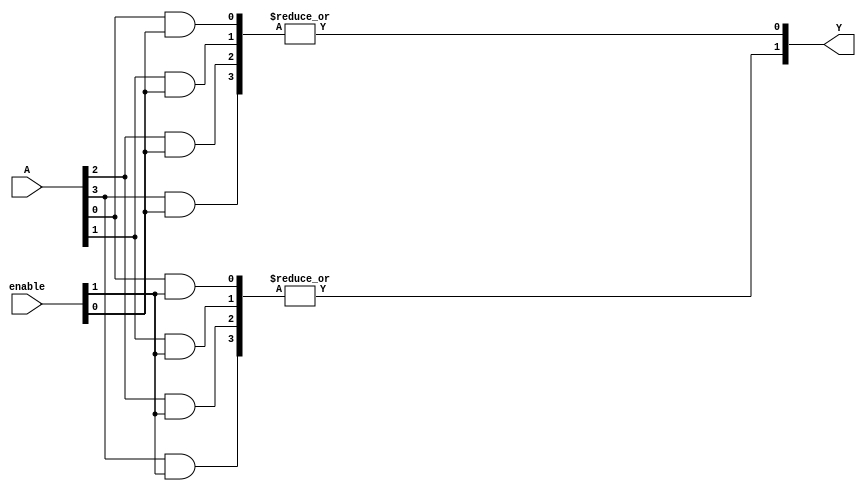
module GPAL #(
    parameter N_INPUTS = 4,               // Number of input signals
    parameter N_AND_TERMS = 4,            // Number of product terms in the AND array
    parameter N_OUTPUTS = 2                // Number of outputs
)(
    input  wire [N_INPUTS-1:0] A,         // Input signals
    input  wire [N_AND_TERMS-1:0] enable, // Enable signals for product terms
    output wire [N_OUTPUTS-1:0] Y         // Output signals
);

// Internal wires for AND array product terms
wire [N_AND_TERMS-1:0] and_terms [0:N_INPUTS-1];

// Generate the AND array
genvar i, j;
generate
    for (i = 0; i < N_AND_TERMS; i = i + 1) begin : and_array
        for (j = 0; j < N_INPUTS; j = j + 1) begin : input_combination
            assign and_terms[i][j] = (A[j] & enable[i]); // Use enable to control the term
        end
    end
endgenerate

// OR array to combine product terms
generate
    for (i = 0; i < N_OUTPUTS; i = i + 1) begin : or_array
        assign Y[i] = |(and_terms[i]); // OR logic to combine enabled product terms
    end
endgenerate

endmodule